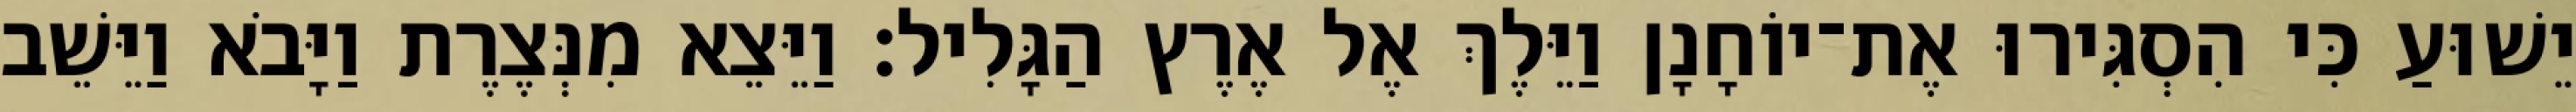
יֵשׁוּעַ כִּי הִסְגִּירוּ אֶת־יוֹחָנָן וַיֵּלֶךְ אֶל אֶרֶץ הַגָּלִיל׃ וַיֵּצֵא מִנְּצֶרֶת וַיָּבֹא וַיֵּשֵׁב